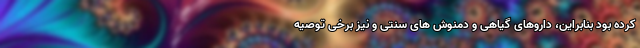
کرده بود بنابراین، داروهای گیاهی و دمنوش های سنتی و نیز برخی توصیه